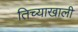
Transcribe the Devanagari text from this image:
तिच्याखाली